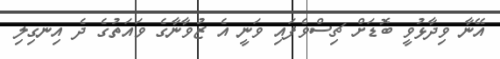
އޭނާ ވިދާޅުވީ ބޮޑަށް ޗިސްވެފައި ވަނީ އެ ޒުވާނާގެ ވައަތުގެ ދެ އިނގިލި